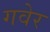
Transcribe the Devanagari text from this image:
गवेर